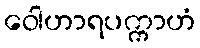
ဝေါဟာရပက္ကာဟံ